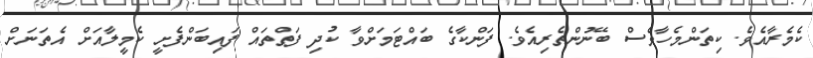
ކެމެރާއެވެ. ކިތަންމެހާވެސް ބޭނުންތެރިއެވެ. ފަންކާގެ ބައްޓަމަށްވާ ކުދި ފަތްތައް ފައިބަންފެށީ ކެމީލާއަށް އެތަނަށް